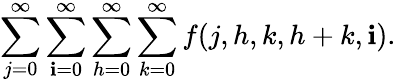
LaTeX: \sum_{j=0}^{\infty}\sum_{\mathbf{i}=0}^{\infty}\sum_{h=0}^{\infty}\sum_{k=0}^{\infty}f(j,h,k,h+k,\mathbf{i}).